Civil Veterinary Department. Central Provinces & Berar 1925-31 - 1925-1931
Year: 1925
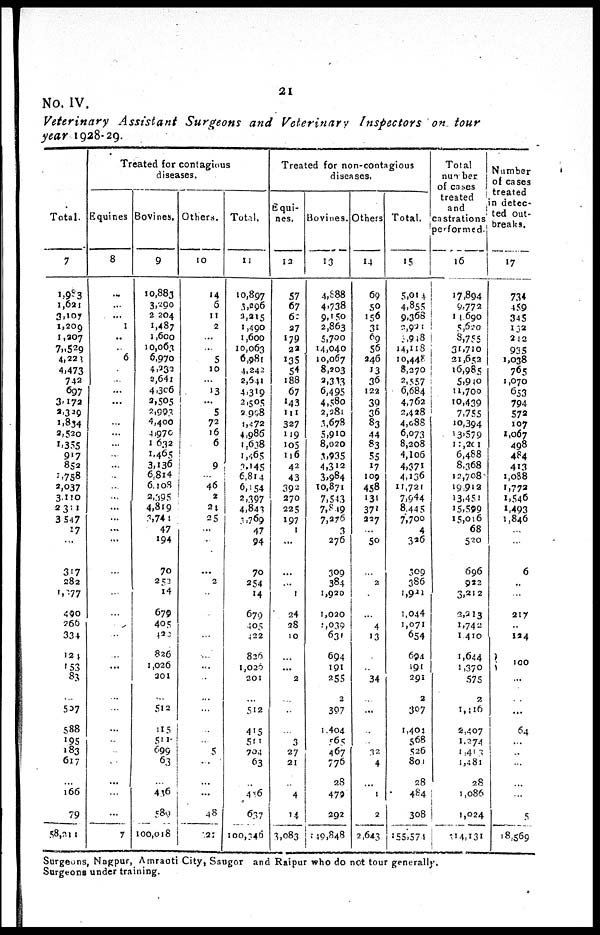
21
No. IV.
Veterinary Assistant Surgeons and Veterinary
Inspectors on tour
year 1928-29.
Total.
7
1,983
1,621
3,107
1,209
1,207
7,529
4,223
4,473
742
697
3,172
2,329
1,834
2,520
1,355
917
852
1,758
2,037
3,110
2 311
3 547
17
...
317
282
1,277
490
260
334
124
153
83
...
507
588
195
183
617
...
166
79
58,211
Treated for contagious
diseases.
Equines
8
...
...
...
1
...
...
6
...
...
...
...
...
...
...
...
...
...
...
...
...
...
...
...
...
...
...
...
...
..
...
...
..
..
..
...
...
...
...
7
Bovines.
9
10,883
3,290
2 204
1,487
1,600
10,003
6,970
4,233
2,641
4,306
2,505
2,993
4,400
4,970
1 632
1,465
3,136
6,814
6,108
a,395
4,819
3,744
47
194
70
252
14
670
405
122
826
1,026
301
...
512
115
511
699
63
...
436
580
100,018
Others.
10
14
5
11
2
...
...
5
10
13
...
5
72
16
6
...
9
...
46
2
24
25
...
...
...
2
...
...
...
...
...
...
...
...
...
...
...
5
...
...
...
48
21
Total.
11
10,897
3,896
3,215
1,490
1,600
10,063
6,981
4.242
2,641
4,319
2,505
2,998
1,472
4,986
1,638
1,665
3,145
6,814
6,154
2,397
4,843
3,769
47
94
70
254
14
679
405
422
826
1,026
201
...
512
415
511
704
63
...
416
637
100,346
Treated for non-contagious
diseases.
Equi-
nes.
12
57
67
62.
37
179
22
135
54
188
67
143
111
327
119
105
116
42
43
392
270
225
197
1
...
...
...
1
24
28
10
...
...
2
...
..
...
3
27
21
...
4
14
3,083
Bovines.
13
4,888
4,738
9,150
2,863
5,700
14,040
10,067
8,203
3,313
6,495
4,580
2,281
3,678
5,910
8,020
3.935
4,312
3,984
10,871
7,543
7,849
7,276
3
276
309
384
1,920
1,020
1,039
631
694
191
255
2
397
1,404
565
467
776
28
479
292
149,848
Others
14
69
50
156
31
69
56
246
13
36
122
39
36
83
44
83
55
17
109
458
131
371
227
...
50
...
2
..
...
4
13
...
...
34
...
...
...
...
12
4
...
1
2
2,643
Total.
15
5,014
4.855
9,368
2,921
3,948
14,118
10,448
8,270
2.557
6,684
4,762
2,428
4,088
6,073
8,208
4,106
4,375
4,136
11,721
7,944
8.445
7,700
4
326
309
386
1,921
1,044
1,071
654
694
191
291
2
307
1,401
568
526
801
28
484
308
155,574
Total
number
of cases
treated
and
castrations
performed.
16
17,894
9,772
14 690
5,620
3,755
31,710
21,653
16,985
5,940
11,700
10,439
7,755
10,394
13,579
11,201
6,488
8,368
12,708
19.912
13,451
15,599
15,016
68
520
696
922
3,212
2,213
1,742
1 410
1,644
1,370
575
2
1,416
2,407
1.274
1,413
1,481
28
1,086
1,024
214,131
Number
of cases
treated
in detec-
ted out-
breaks.
17
734
459
345
132
212
935
1,038
765
1,070
653
794
572
107
1,067
498
484
413
1,088
1,772
1,546
1,493
1,846
...
...
6
...
...
217
124
100 ...
...
...
...
64
...
...
...
...
...
5
18,569
Surgeons, Nagpur, Amraoti City, Saugor and Raipur who do not tour generally.
Surgeons under training.